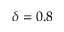
\delta = 0 . 8